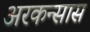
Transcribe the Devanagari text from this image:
अरकन्‍सास